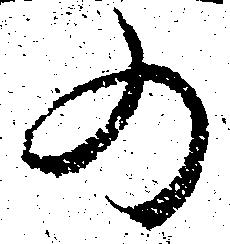
の